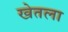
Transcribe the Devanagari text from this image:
खेतला